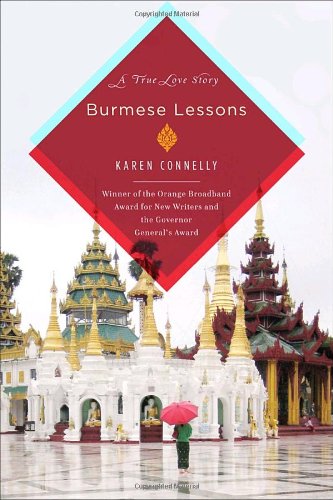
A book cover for Burmese Lessons: A true love story; Karen Connelly; Travel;